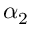
\alpha _ { 2 }